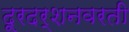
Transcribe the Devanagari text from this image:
दूरदर्शनवरती